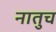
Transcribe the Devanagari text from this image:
नातुच